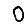
Digit: 0